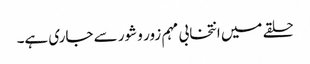
حلقے میں انتخابی مہم زور و شور سے جاری ہے۔